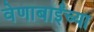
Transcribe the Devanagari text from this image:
वेणाबाईंच्या